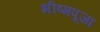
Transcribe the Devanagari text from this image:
भीष्मपूजा